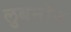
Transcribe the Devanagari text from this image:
लुबनॉन